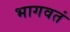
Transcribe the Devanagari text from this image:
भागवतं